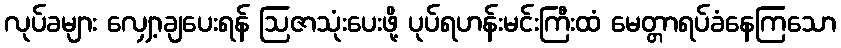
လုပ်ခများ လျှော့ချပေးရန် ဩဇာသုံးပေးဖို့ ပုပ်ရဟန်းမင်းကြီးထံ မေတ္တာရပ်ခံနေကြသော